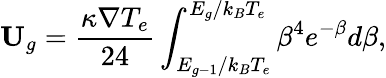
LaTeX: {{\mathbf{U}}_{g}}=\frac{{\kappa\nabla{T_{e}}}}{{24}}\int_{{E_{g-1}}/{k_{B}}{T_{e}}}^{{E_{g}}/{k_{B}}{T_{e}}}{{\beta^{4}}{e^{-\beta}}d\beta},